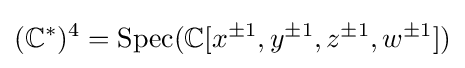
(\mathbb {C} ^{*})^{4}={\text{Spec}}(\mathbb {C} [x^{\pm 1},y^{\pm 1},z^{\pm 1},w^{\pm 1}])